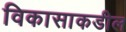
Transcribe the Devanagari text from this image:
विकासाकडील